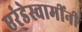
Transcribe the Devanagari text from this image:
एरंडेस्वामींनी